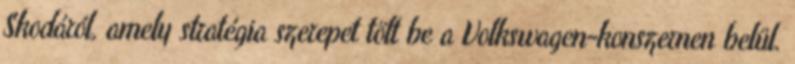
Skodáról, amely stratégia szerepet tölt be a Volkswagen-konszernen belül.